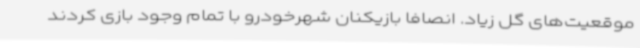
موقعیت‌های گل زیاد. انصافا بازیکنان شهرخودرو با تمام وجود بازی کردند